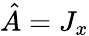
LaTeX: {\hat{A}}=J_{x}